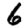
Digit: 6